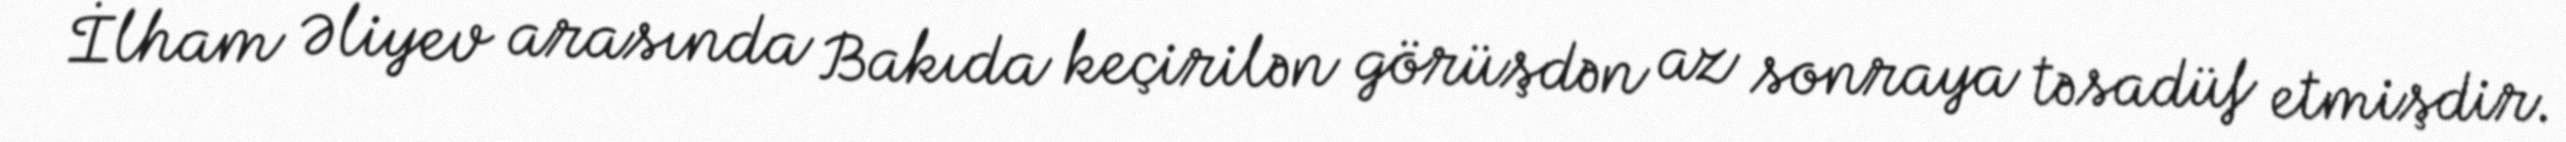
İlham Əliyev arasında Bakıda keçirilən görüşdən az sonraya təsadüf etmişdir.